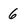
Character: 6